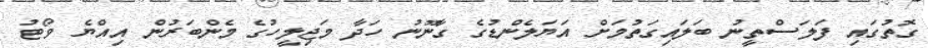
ގޮތުގައި ފަލަސްތީނު ބަލައިގަތުމަށް އަޔަލެންޑުގެ ގާނޫނު ހަދާ މަޖިލީހުގެ މެންބަރުން އިއްޔެ ވޯޓު